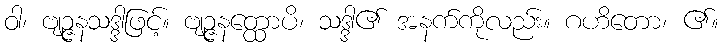
ဝါ၊ ဗျဉ္ဇနသဒ္ဒါဖြင့်။ ဗျဉ္ဇနတ္ထောပိ၊ သဒ္ဒါ၏ အနက်ကိုလည်း။ ဂဟိတော၊ ၏။